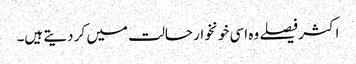
اکثر فیصلے وہ اسی خونخوار حالت میں کر دیتے ہیں۔